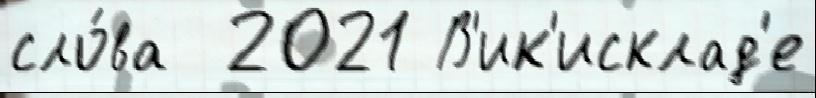
сло́ва  2021 В'ик'исклад'е